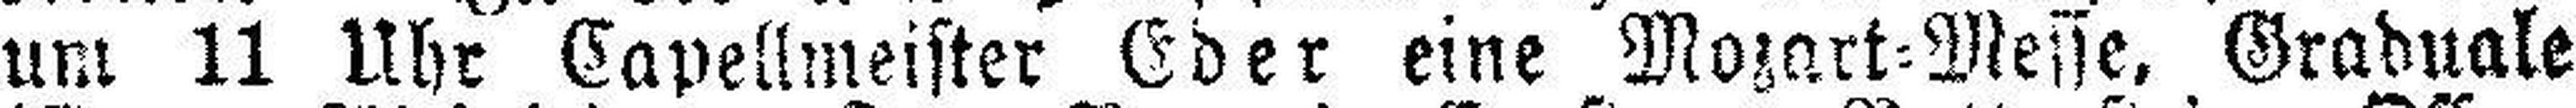
um 11 Uhr Capellmeister Eder eine Mozart=Messe, Graduale